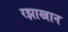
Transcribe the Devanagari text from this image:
रझाखान